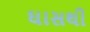
ઘાસથી